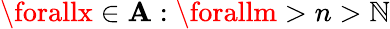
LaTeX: \forallx\in\mathbf{A}:\forallm>n>\mathbb{N}